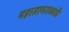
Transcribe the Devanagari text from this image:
महासागराकाठी